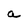
Character: a